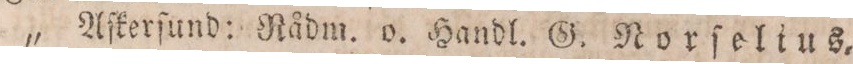
„ Aſkerſund: Nådm. o. Handl. G. Norſelius,